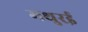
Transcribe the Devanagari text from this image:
मथुरई